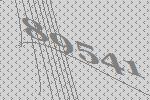
89541